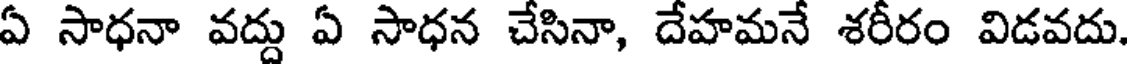
ఏ సాధనా వద్దు ఏ సాధన చేసినా, దేహమనే శరీరం విడవదు.